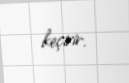
keçirir.